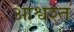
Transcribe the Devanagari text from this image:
आश्वश्त